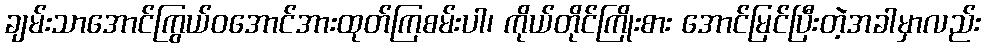
ချမ်းသာအောင်ကြွယ်ဝအောင်အားထုတ်ကြစမ်းပါ၊ ကိုယ်တိုင်ကြိုးစား အောင်မြင်ပြီးတဲ့အခါမှာလည်း